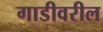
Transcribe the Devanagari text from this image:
गाडीवरील